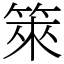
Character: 箂